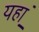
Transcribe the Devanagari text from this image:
यहा़ँ